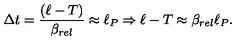
\Delta t = { \frac { ( \ell - T ) } { \beta _ { r e l } } } \approx \ell _ { P } \Rightarrow \ell - T \approx \beta _ { r e l } \ell _ { P } .